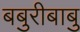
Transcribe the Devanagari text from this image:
बबुरीबाबु